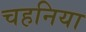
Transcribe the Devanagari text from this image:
चहनिया